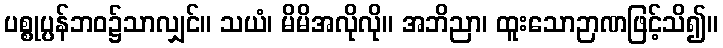
ပစ္စုပ္ပန်ဘဝ၌သာလျှင်။ သယံ၊ မိမိအလိုလို။ အဘိညာ၊ ထူးသောဉာဏဖြင့်သိ၍။